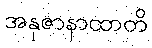
အနုဇာနာထာတိ